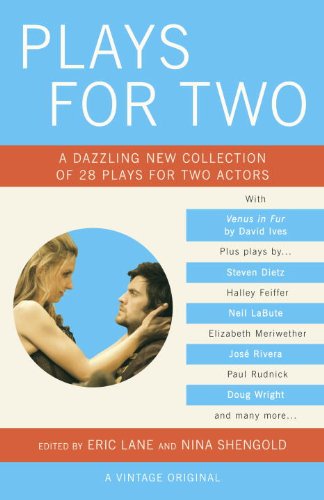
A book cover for Plays for Two; Literature & Fiction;